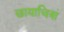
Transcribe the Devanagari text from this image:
छायाचित्रां